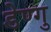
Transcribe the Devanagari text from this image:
डेण्गु